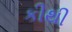
કીથી